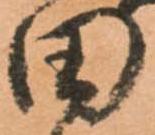
田